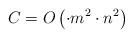
LaTeX: \begin{align*}C_{} = O\left( \cdot m^2 \cdot n^2 \right)\end{align*}